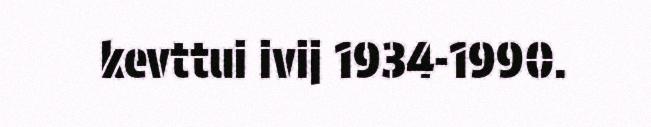
kevttui ivij 1934-1990.